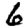
Digit: 6